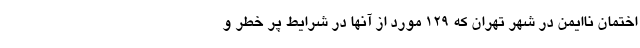
اختمان ناایمن در شهر تهران که ۱۲۹ مورد از آنها در شرایط پُر خطر و